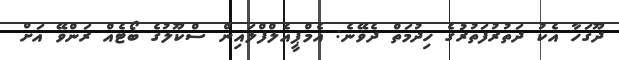
ދޫގަހާ އެކު ދަތުރުފަތުރުގެ ހިދުމަތް ދެވޭނެ: އެމްޕީއެލްފްލައިން ސްކޫލުގެ ބޯޓެއް ރަންވޭ އަށް